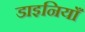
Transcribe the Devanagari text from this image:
डाइनियाँ